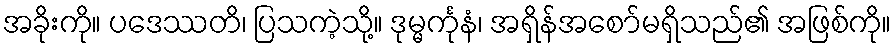
အခိုးကို။ ပဒေဿတိ၊ ပြသကဲ့သို့။ ဒုမ္မင်္ကုနံ၊ အရှိန်အစော်မရှိသည်၏ အဖြစ်ကို။